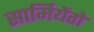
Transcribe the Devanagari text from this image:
सार्मियेंतो